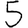
Digit: 5